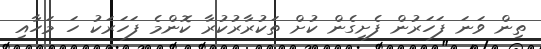
ތިން ވަނަ ފަހަރުން ފެށިގެން ކުށް ތަކުރާރުކުރާ ކޮންމެ ފަހަރަކު ހަ މަހާއި